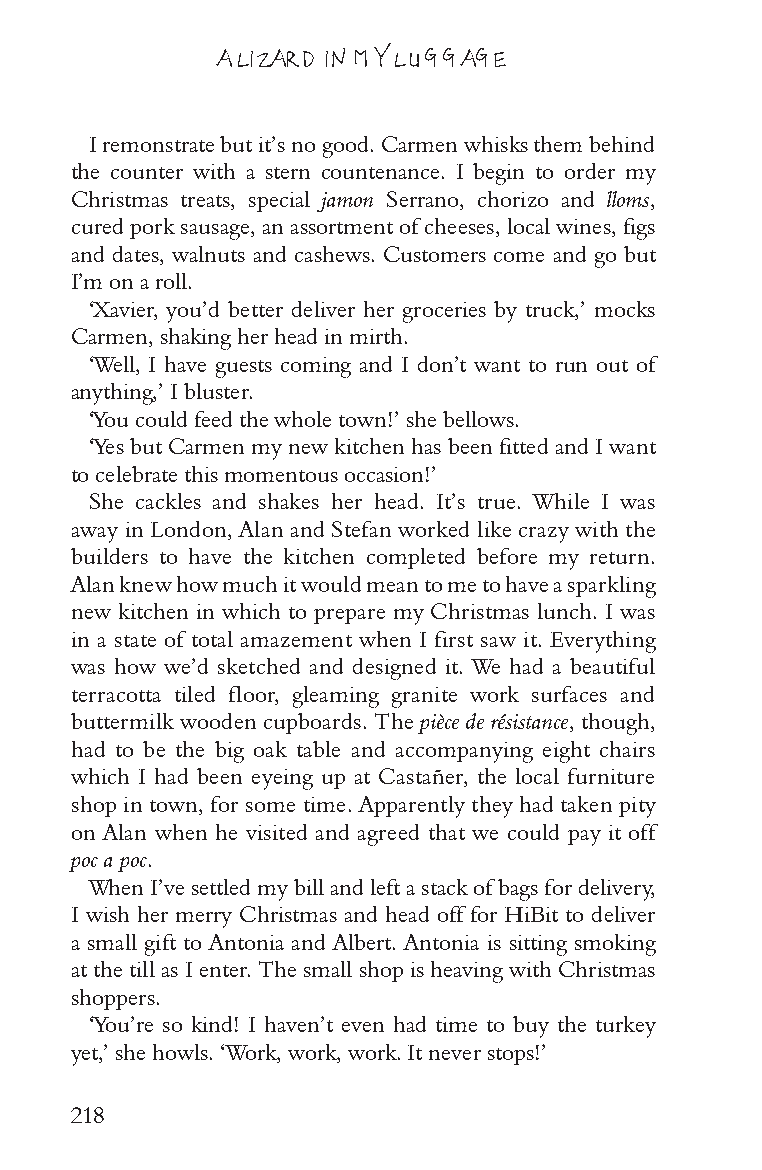
A LIZARD IN MY LUGGAGE
 I remonstrate but it’s no good. Carmen whisks them behind
 the counter with a stern countenance. I begin to order my
 Christmas treats, special jamon Serrano, chorizo and lloms,
 cured pork sausage, an assortment of cheeses, local wines, figs
 and dates, walnuts and cashews. Customers come and go but
 I’m on a roll.
 ‘Xavier, you’d better deliver her groceries by truck,’ mocks
 Carmen, shaking her head in mirth.
 ‘Well, I have guests coming and I don’t want to run out of
 anything,’ I bluster.
 ‘You could feed the whole town!’ she bellows.
 ‘Yes but Carmen my new kitchen has been fitted and I want
 to celebrate this momentous occasion!’
 She cackles and shakes her head. It’s true. While I was
 away in London, Alan and Stefan worked like crazy with the
 builders to have the kitchen completed before my return.
 Alan knew how much it would mean to me to have a sparkling
 new kitchen in which to prepare my Christmas lunch. I was
 in a state of total amazement when I first saw it. Everything
 was how we’d sketched and designed it. We had a beautiful
 terracotta tiled floor, gleaming granite work surfaces and
 buttermilk wooden cupboards. The pièce de résistance, though,
 had to be the big oak table and accompanying eight chairs
 which I had been eyeing up at Castañer, the local furniture
 shop in town, for some time. Apparently they had taken pity
 on Alan when he visited and agreed that we could pay it off
 poc a poc.
 When I’ve settled my bill and left a stack of bags for delivery,
 I wish her merry Christmas and head off for HiBit to deliver
 a small gift to Antonia and Albert. Antonia is sitting smoking
 at the till as I enter. The small shop is heaving with Christmas
 shoppers.
 ‘You’re so kind! I haven’t even had time to buy the turkey
 yet,’ she howls. ‘Work, work, work. It never stops!’
 218